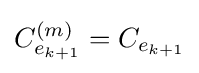
C_{e_{k+1}}^{(m)}=C_{e_{k+1}}